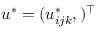
\boldsymbol { u } ^ { * } = ( u _ { i j k } ^ { * } , ) ^ { \top }